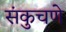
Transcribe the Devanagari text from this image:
संकुचणे